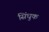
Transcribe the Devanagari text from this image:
सिंधुक